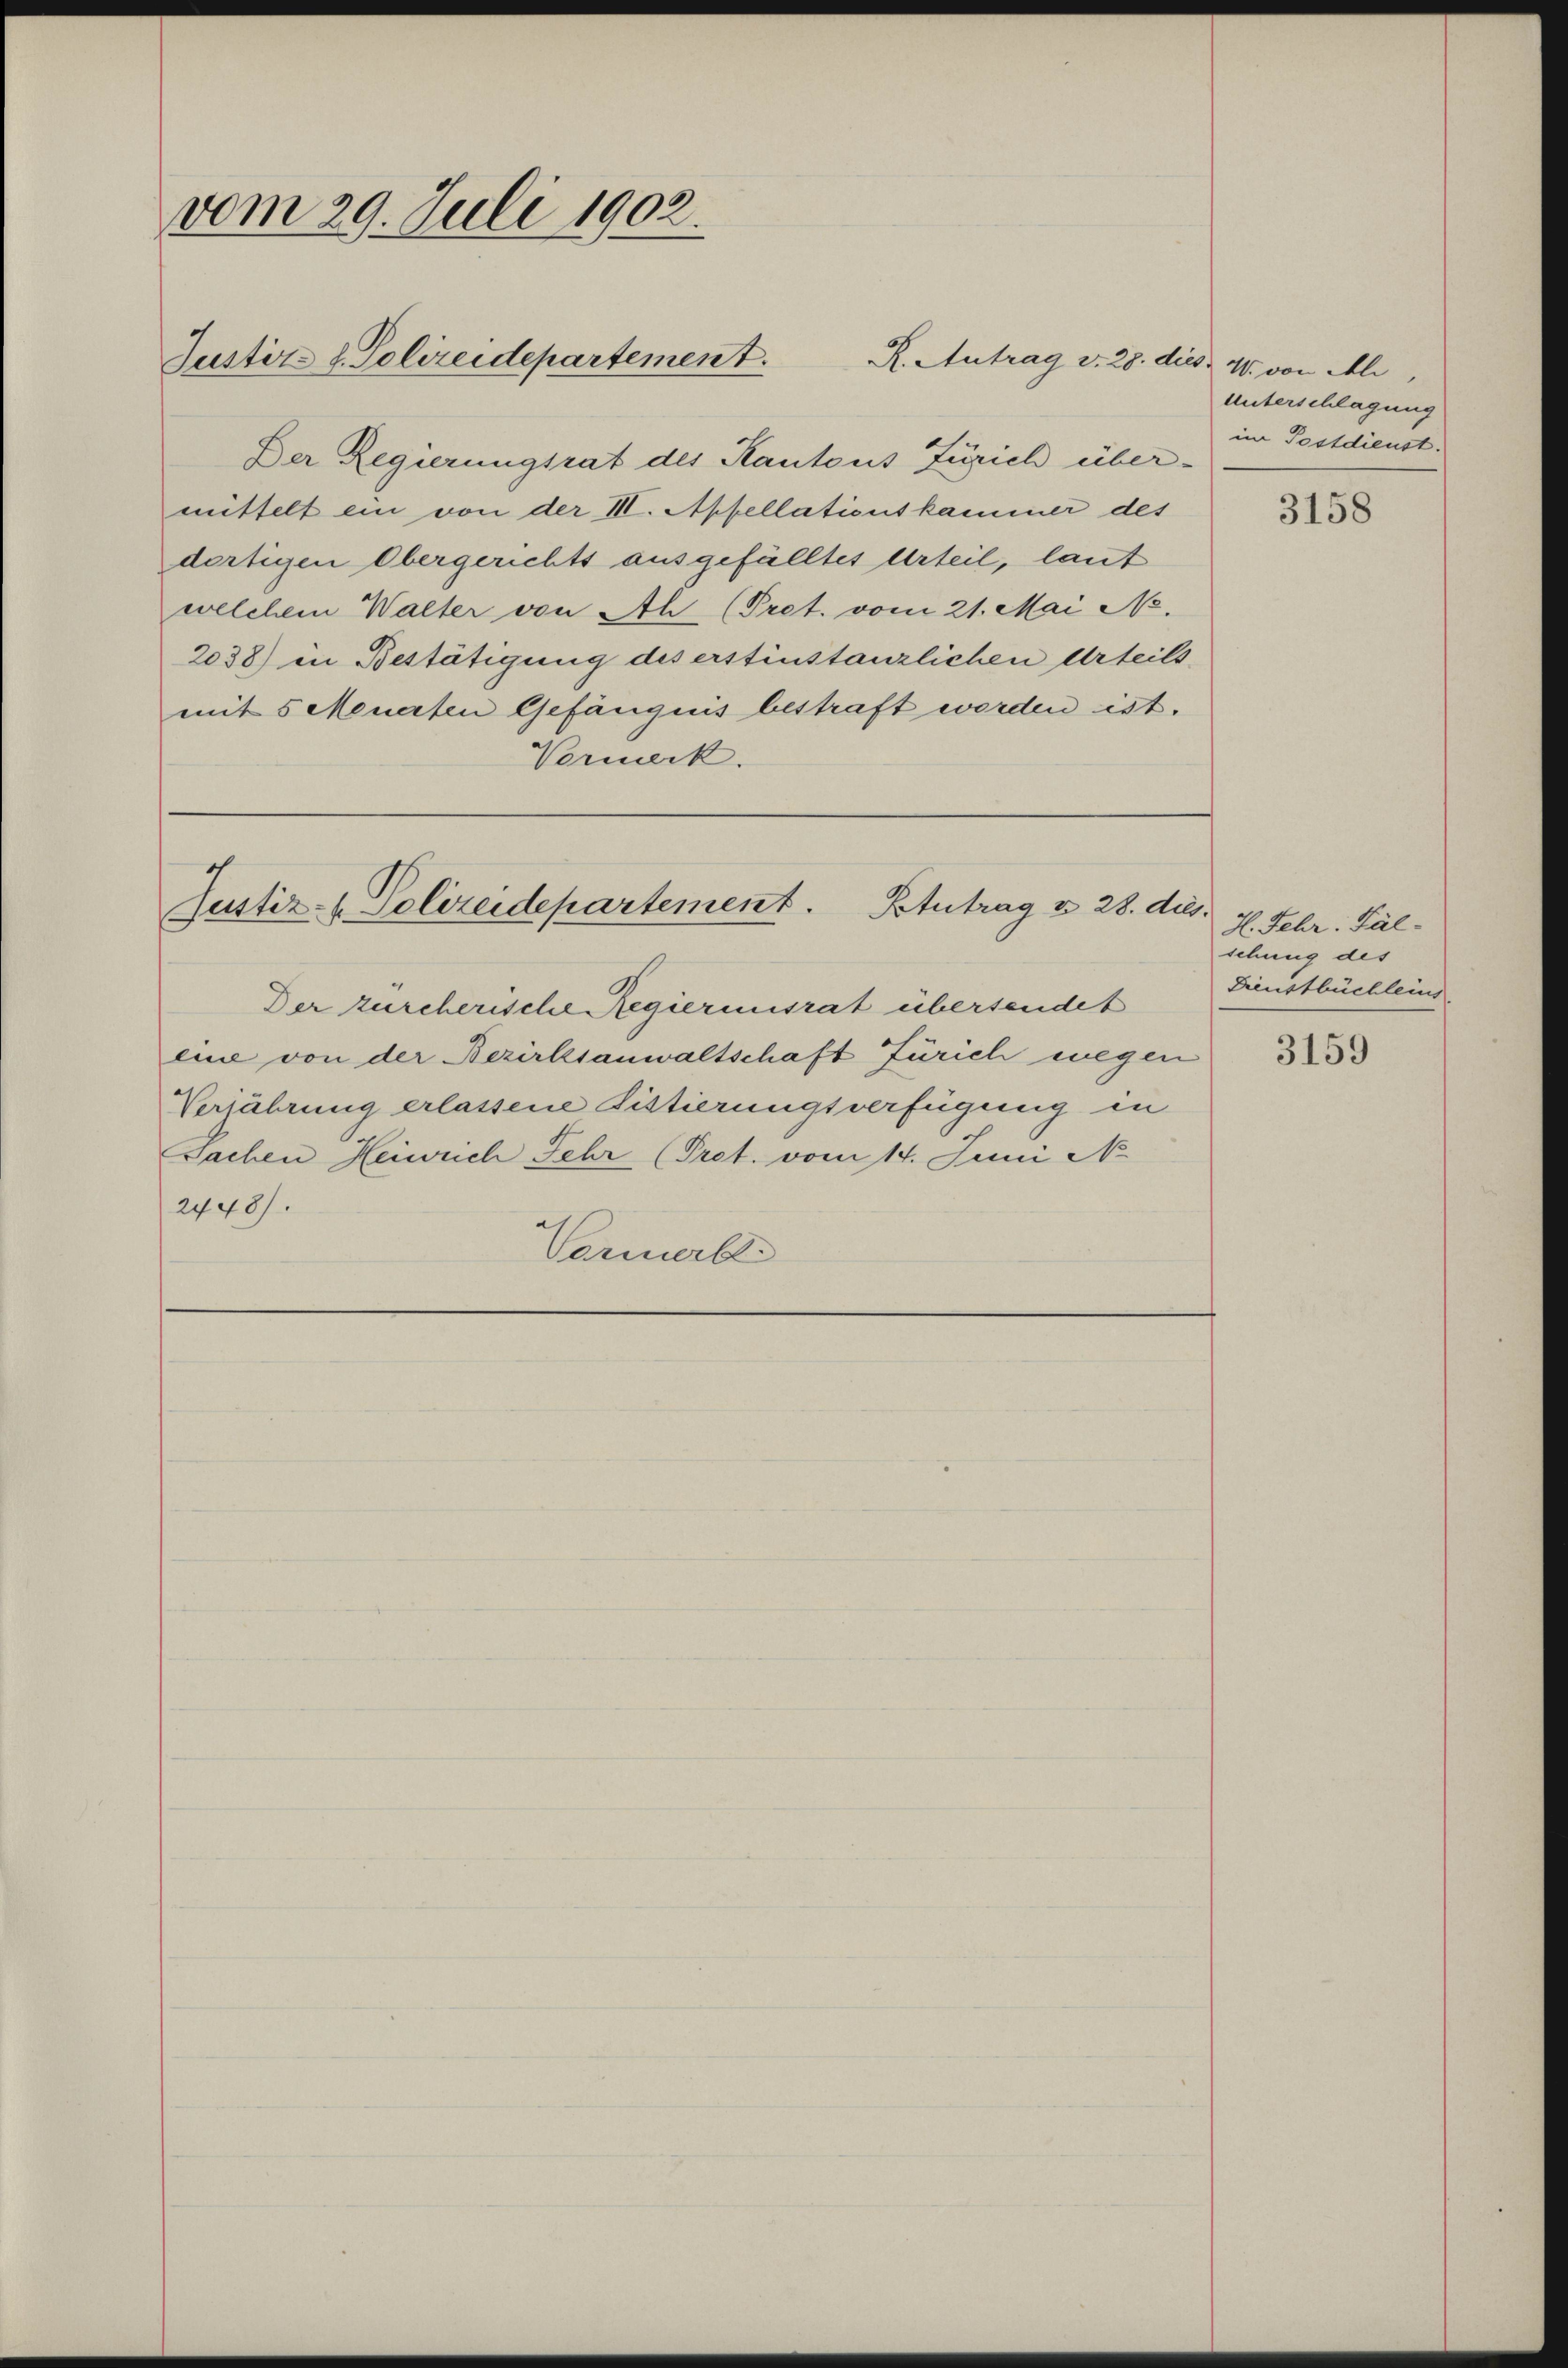
vom 29. Juli 1902.

Justiz- u. Polizeidepartement.

Der Regierungsrat des Kantons Zürich über-
mittelt ein von der III. Apfellationskammer des
dortigen Obergerichts ausgefälltes Urteil, laut
welchem Walter von Ah (Pret. vom 21. Mai No.
2038) in Bestätigung des erstinstanzlichen Urteils
mit 5 Menarten Gefängnis bestraft werden ist.
Vormerk.

R. Antrag v. 28. dies W. von Ali

Justiz- & Polizeidepartement. Blutrag u. 28. dies

Der zürcherische Regierinsrat übersendet
eine von der Bezirksanwaltschaft Zürich wegen
Verjährung erlassene Fittierungsverfügung in
Sachen Heiwach Fehr (Pret. vom 14. Juni No
2448).
Vormerbei

Unterschlagung
im Postdienst.

3158

H. Fehr: Fäl-
schung des
Dienstbüchleins.

3159